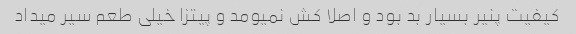
کیفیت پنیر بسیار بد بود و اصلا کش نمیومد و پیتزا خیلی طعم‌ سیر میداد